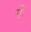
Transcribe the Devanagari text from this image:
मेंः